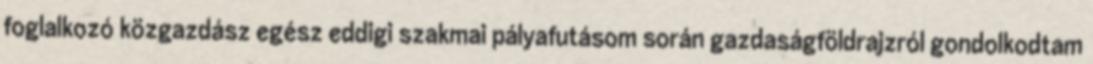
foglalkozó közgazdász egész eddigi szakmai pályafutásom során gazdaságföldrajzról gondolkodtam